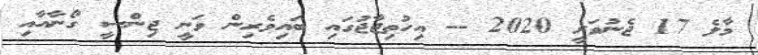
މާލެ 17 ޖެނުވަރީ 2020 -- އިހުތިޖާޖުގައި ބައިވެރިން ވަނީ ޖިންސީ ގޯނާއާއި